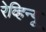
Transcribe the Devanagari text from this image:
रेव्हिन्यू